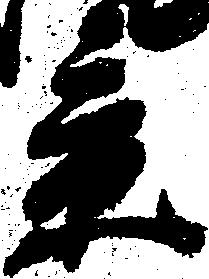
景